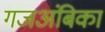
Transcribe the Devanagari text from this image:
गजअंबिका